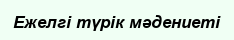
Ежелгі түрік мәдениеті